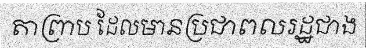
តាព្រាប ដែលមានប្រជាពលរដ្ឋជាង